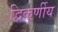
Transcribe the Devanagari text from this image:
द्विकर्णीय